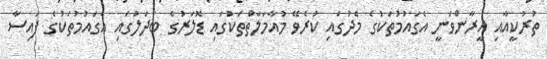
ތުރުކީއާއި އީރާންވަނީ އެގައުމުތަކުގެ މެދުގައި ކުރެވޭ މުއާމަލާތްތަކުގައި ޑޮލަރުގެ ބަދަލުގައި އެގައުމުތަކުގެ ފައިސާ